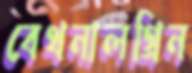
বেথনালগ্রিন